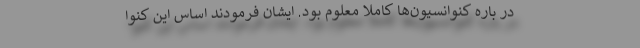
در باره کنوانسیون‌ها کاملا معلوم بود. ایشان فرمودند اساس این کنوا